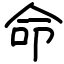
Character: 命